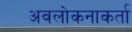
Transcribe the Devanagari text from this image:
अवलोकनाकर्ता